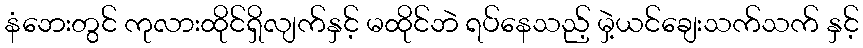
နံဘေးတွင် ကုလားထိုင်ရှိလျက်နှင့် မထိုင်ဘဲ ရပ်နေသည့် မှဲ့ယင်ချေးသက်သက် နှင့်